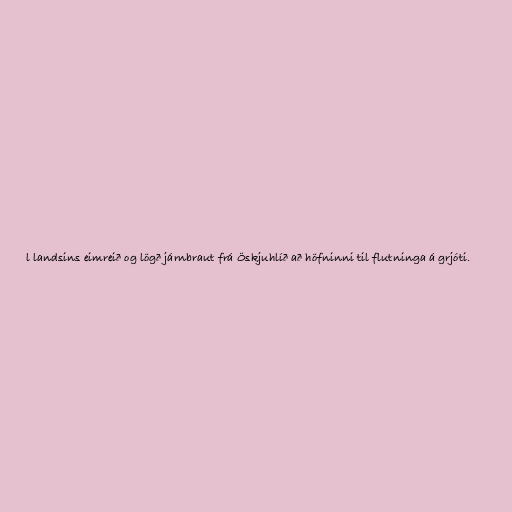
l landsins eimreið og lögð járnbraut frá Öskjuhlíð að höfninni til flutninga á grjóti.